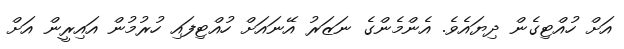
އަށް ހުއްޓިގެން ދިޔައެވެ. އެންމެންގެ ނަޒަރު އޭނައަށް ހުއްޓިފައި ހުރުމުން އައިރީން އަށް